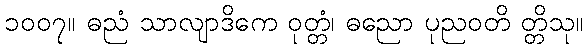
၁၀၀၇။ ဓညံ သာလျာဒိကေ ဝုတ္တံ၊ ဓညော ပုညဝတိ တ္တိသု။